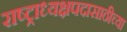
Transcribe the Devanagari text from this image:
राष्ट्राध्यक्षपदासाठीच्या